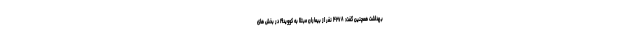
بهداشت همچنین گفت: ۴۲۷۸ نفر از بیماران مبتلا به کووید۱۹ در بخش های